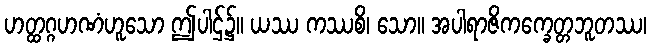
ဟတ္ထဂ္ဂဟဏံဟူသော ဤပါဌ်၌။ ယဿ ကဿစိ၊ သော။ အပါရာဇိကက္ခေတ္တဘူတဿ၊